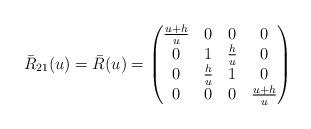
LaTeX: \begin{align*}\bar R_{21}(u)=\bar R(u)=\begin{pmatrix}\frac{u+h}{u}&0&0&0\\0&1&\frac{h}{u}&0\\0&\frac{h}{u}&1&0\\0&0&0&\frac{u+h}{u}\end{pmatrix}\end{align*}